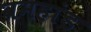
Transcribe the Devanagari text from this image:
व्रमहांड